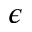
\epsilon